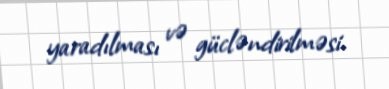
yaradılması və gücləndirilməsi.